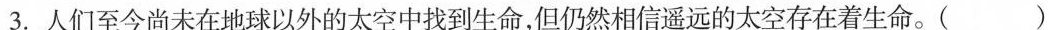
3. 人们至今尚未在地球以外的太空中找到生命，但仍然相信遥远的太空存在着生命。()